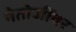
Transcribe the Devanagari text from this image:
नेतोजींवर